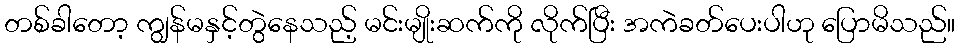
တစ်ခါတော့ ကျွန်မနှင့်တွဲနေသည့် မင်းမျိုးဆက်ကို လိုက်ပြီး အကဲခတ်ပေးပါဟု ပြောမိသည်။